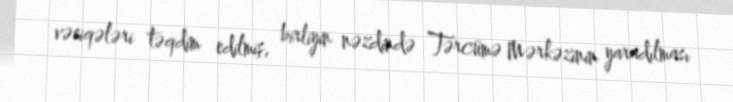
vəsiqələri təqdim edilmiş, birliyin nəzdində Tərcümə Mərkəzinin yaradılması